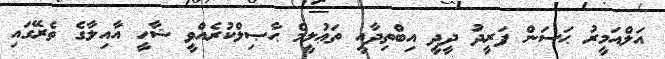
އަލްއަމީރު ޙަސަން ފަރީދު ދީދީ އިބްތިދާއީ ތަޢުލީމް ޙާޞިލްކުރެއްވީ ޝާހީ އާއިލާގެ ތެރޭގައި